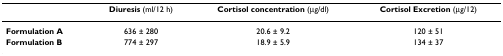
<table><thead><tr><td></td><td><b>Diuresis (ml/12 h)</b></td><td><b>Cortisol concentration (μg/dl)</b></td><td><b>Cortisol Excretion (μg/12)</b></td></tr></thead><tbody><tr><td><b>Formulation A</b></td><td>636 ± 280</td><td>20.6 ± 9.2</td><td>120 ± 51</td></tr><tr><td><b>Formulation B</b></td><td>774 ± 297</td><td>18.9 ± 5.9</td><td>134 ± 37</td></tr></tbody></table>